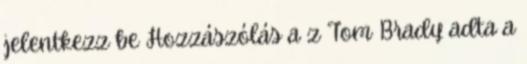
jelentkezz be Hozzászólás a z Tom Brady adta a